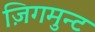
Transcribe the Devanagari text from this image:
ज़िगमुन्ट